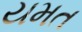
યમત